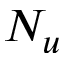
N _ { u }